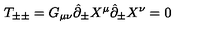
T _ { \pm \pm } = G _ { \mu \nu } \hat { \partial } _ { \pm } X ^ { \mu } \hat { \partial } _ { \pm } X ^ { \nu } = 0